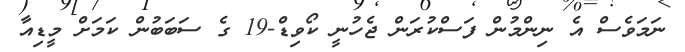
ނަމަވެސް އެ ނިންމުން ފަސްކުރަން ޖެހުނީ ކޯވިޑް-19 ގެ ސަބަބުން ކަމަށް މީޑިއާ